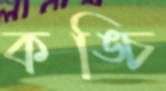
কঙ্চি